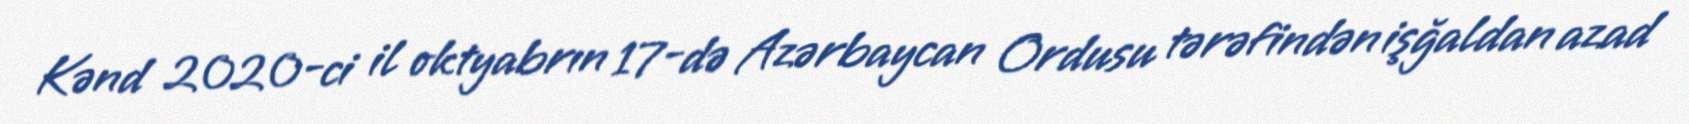
Kənd 2020-ci il oktyabrın 17-də Azərbaycan Ordusu tərəfindən işğaldan azad